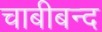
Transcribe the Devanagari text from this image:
चाबीबन्द